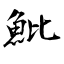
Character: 魮